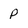
Character: p